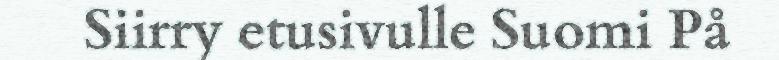
Siirry etusivulle Suomi På